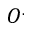
O ^ { . }